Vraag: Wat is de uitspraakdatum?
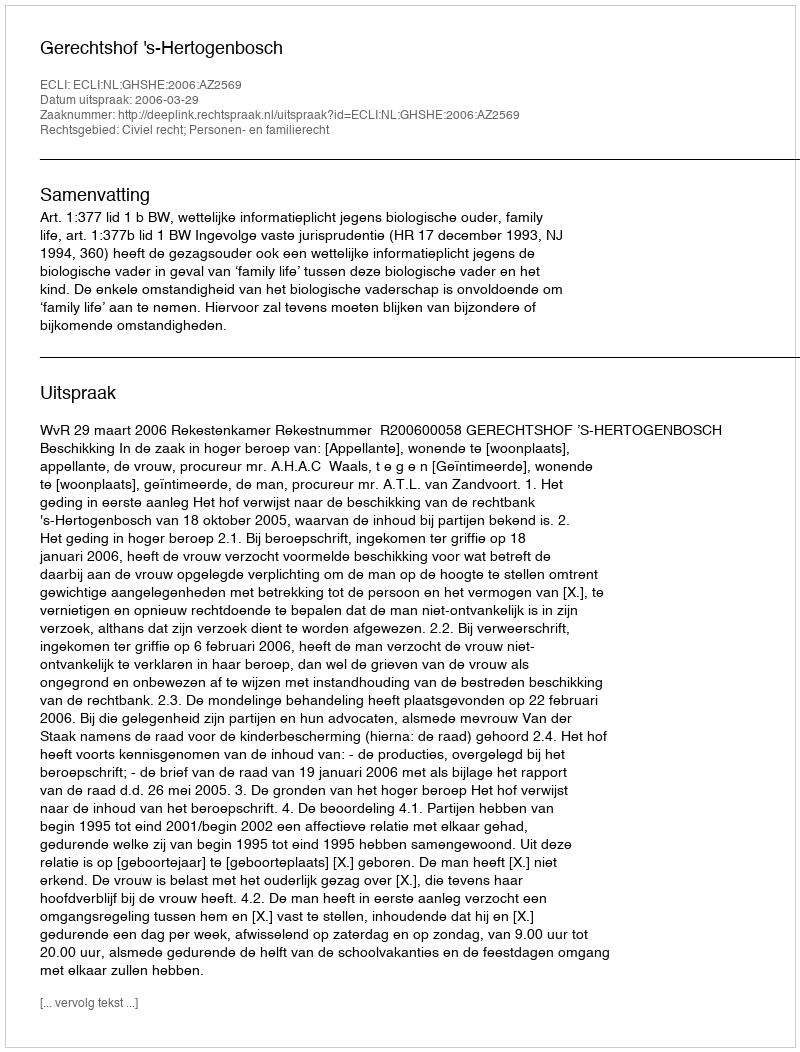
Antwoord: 2006-03-29